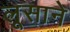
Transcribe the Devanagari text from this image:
लूसाने